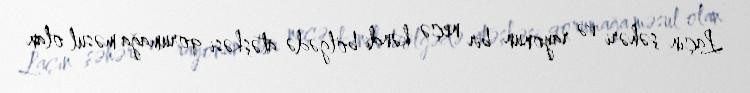
Laçın şəhəri və rayonun bir neçə kəndi bölgədə atəşkəsi qorumağa məsul olan